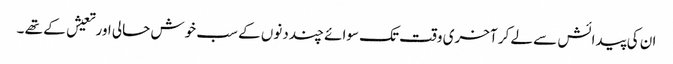
ان کی پیدائش سے لے کر آخری وقت تک سوائے چند دنوں کے سب خوش حالی اور تعیش کے تھے ۔